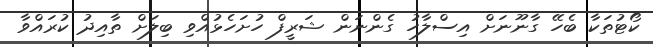
ކޯޓުތަކާ ބެހޭ ގާނޫނަށް އިސްލާހު ގެންނަން ޝަރީފް ހުށަހެޅުއްވި ބިލަށް ތާއިދު ކުރައްވާ